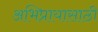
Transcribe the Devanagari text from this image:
अभिप्रायासाठी